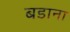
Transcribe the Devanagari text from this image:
बडाना